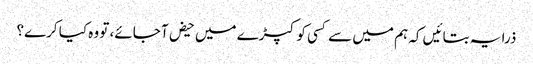
ذرا یہ بتا‎ئیں کہ ہم میں سے کسی کو کپڑے میں حیض آ جائے، تو وہ کیا کرے؟